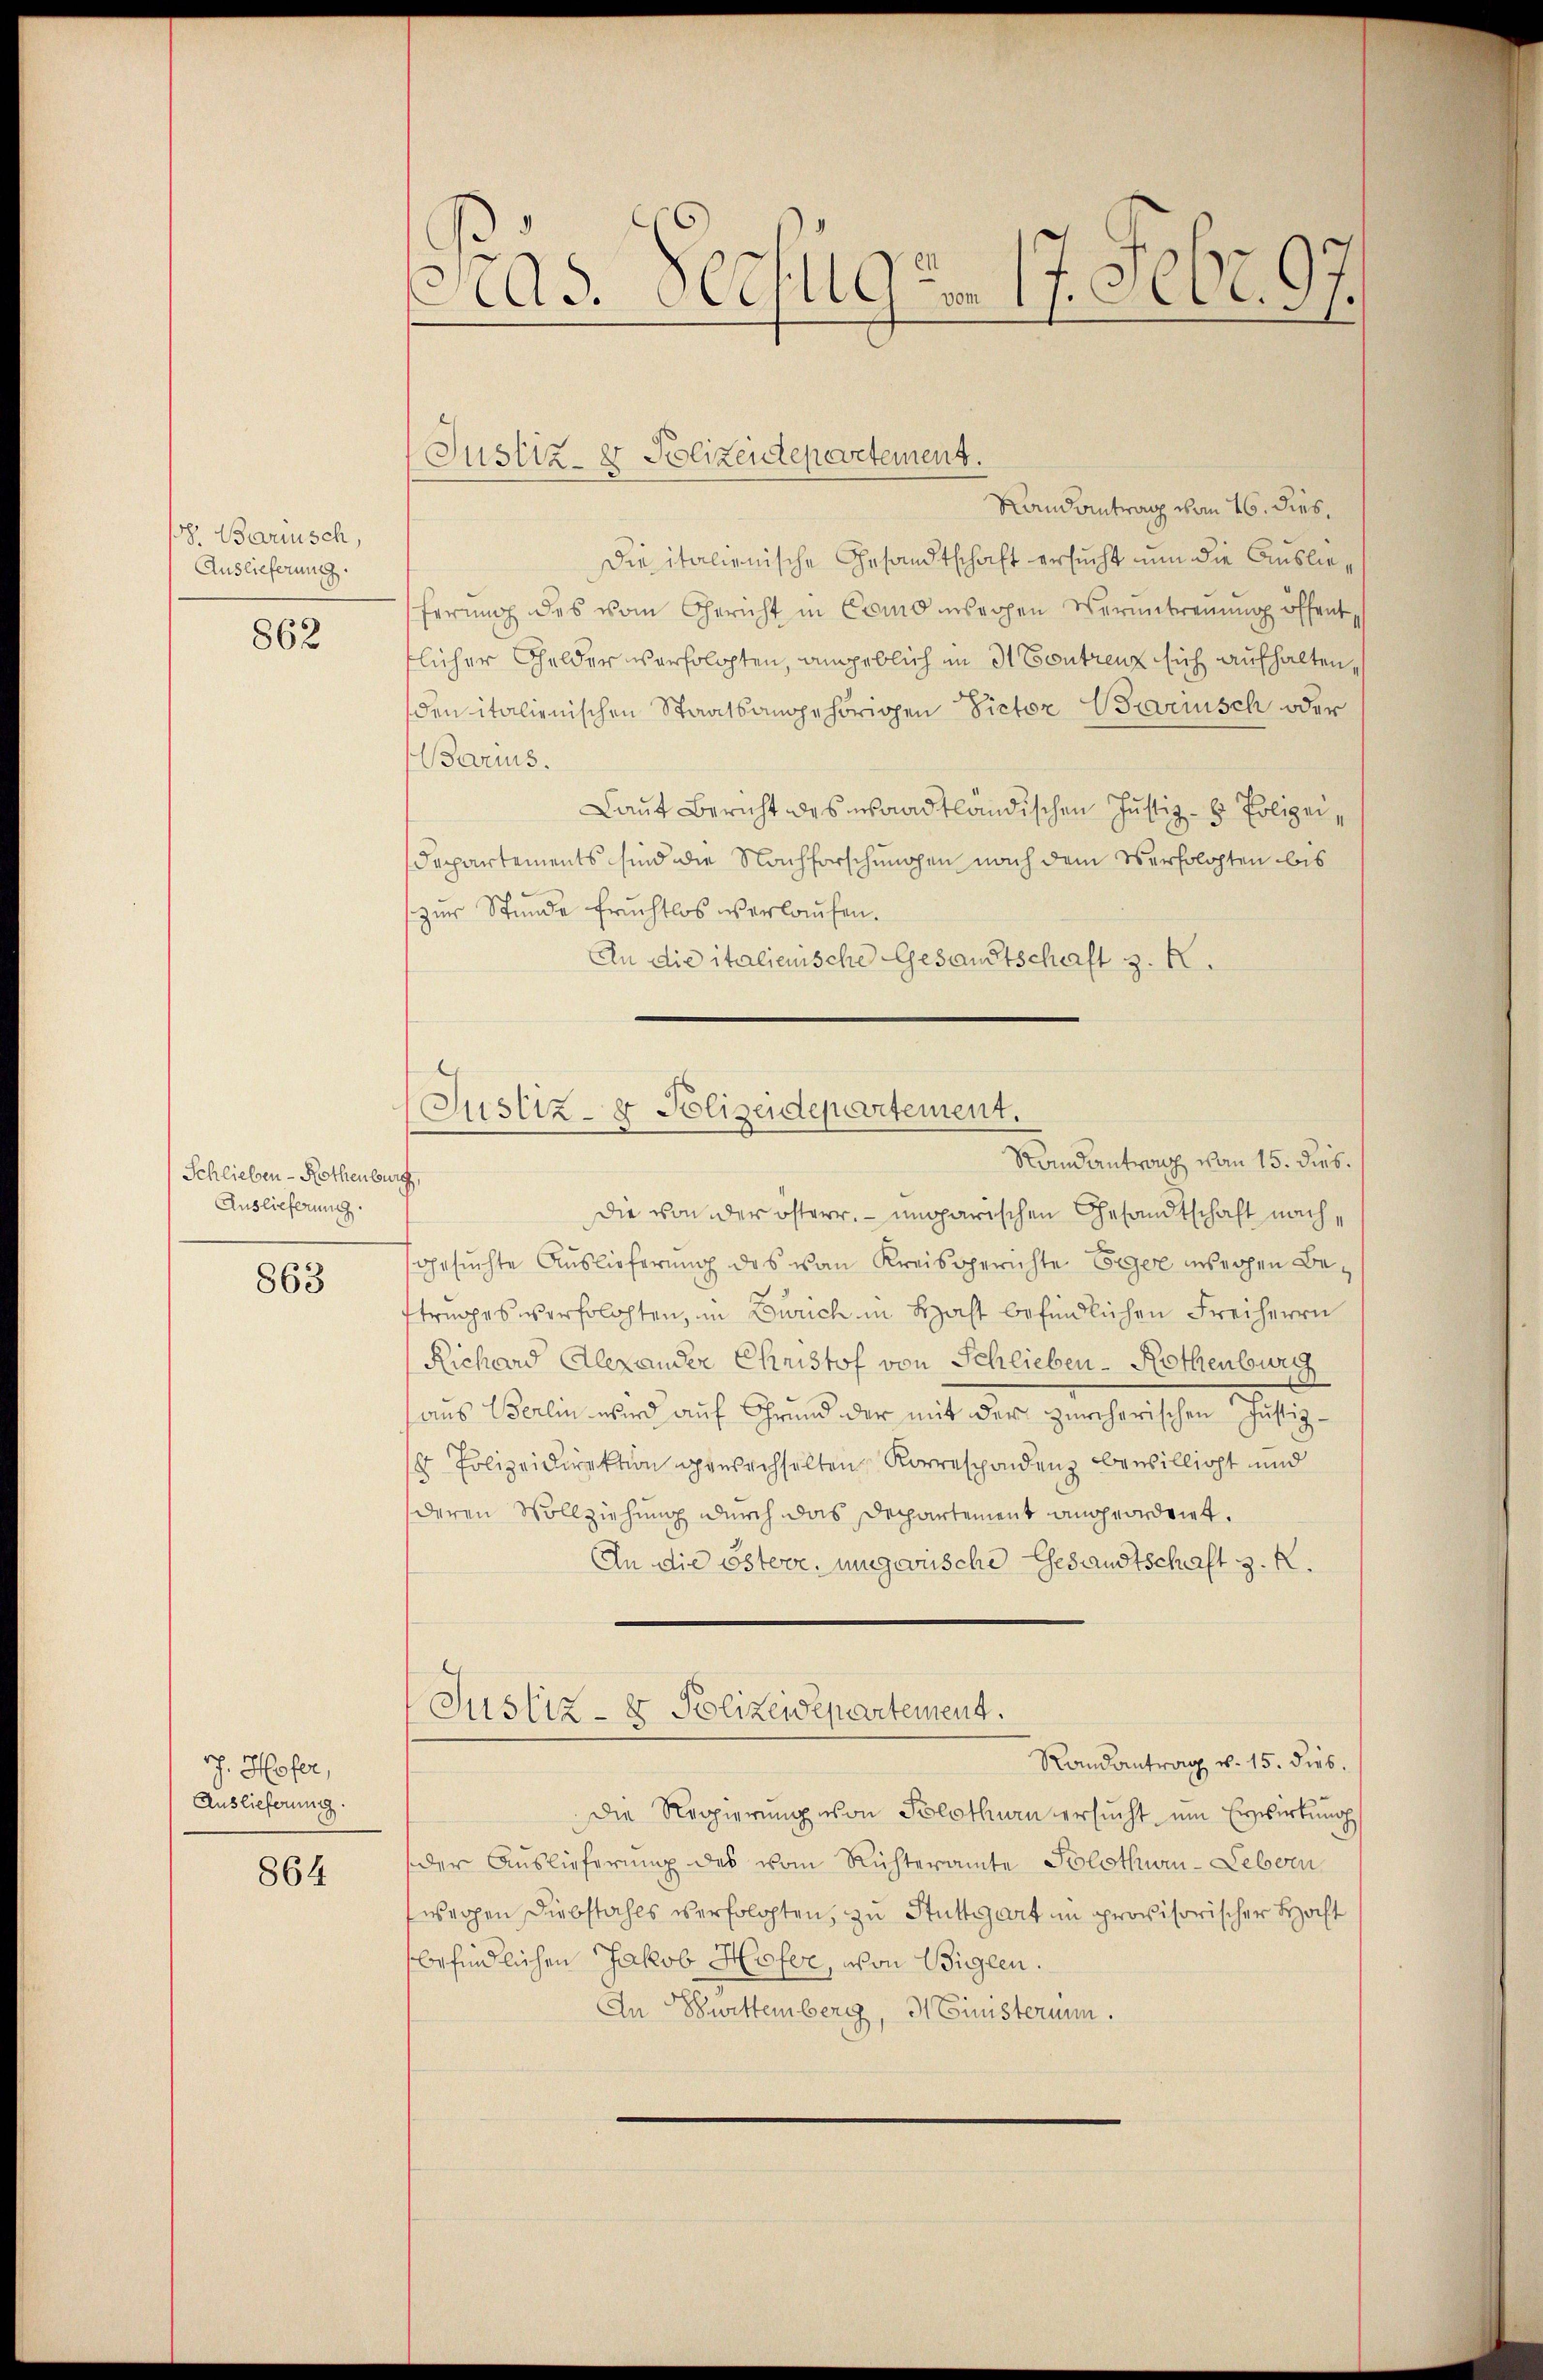
d. Bariusch,
Auslieferung.

862

Schlieben - Rothenburg
Auslieferung.

863

J. Hofer,
Auslieferung.

864

as. Verfüge. 17. Febr. 97.

Randantrag vom 16. dies,
Die italienische Gesandtschaft ersucht nun die Auslieferung des vom Gericht in Como eigen Veruntreuung öffent
flicher Gelder verfolgten, angeblich in d Contrenz sich aufhalten,
den italienischen Staatsangehörigen Victor Braarnisch oder
Barius.
Laut Bericht des waadtländischen Justiz- & Polizei,
Departements sind die Nachforschungen nach dem Verfolgten bis
zur Stunde fruchtlos verlaufen.
An die italienische Gesandtschaft z. B.
n
die von der österr. ungarischen Gesandtschaft nachgesuchte Auslieferung des von Kreisgerichte Erger weichen Betrages verflochten, in Zürich in Hast befindlichen Freiherrn
Richard Alexander Christof von Schlieben-Rothenburg
aus Berlin wird auf Grund der mit der zürcherischen Justiz-
Polizeidirektion gewechselten Korrespondenz bewilligt und
18
deren Vollziehung durch das Departement angeordnet.
An die österr. ungewische Gesandtschaft z. K.
Justiz- & Polizeidepartement.
Randantrag v. 15. dies.
Die Reppierung von Solothurn ersucht um Erwirkung
der Auslieferung des vom Richteramte Solothwen-Lebern
wergen Diebstahls verfolgten, zu Stuttgart in provisorischer Haft
befindlichen Jakob Hofer, von Büglen.
An Swittemberg, 3 Einsterium.

Justiz- & Polizeidepertement.

(Justiz- & Polizeidepartement.
Randantrag von 15. dies